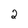
Character: 2